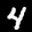
Label: 4